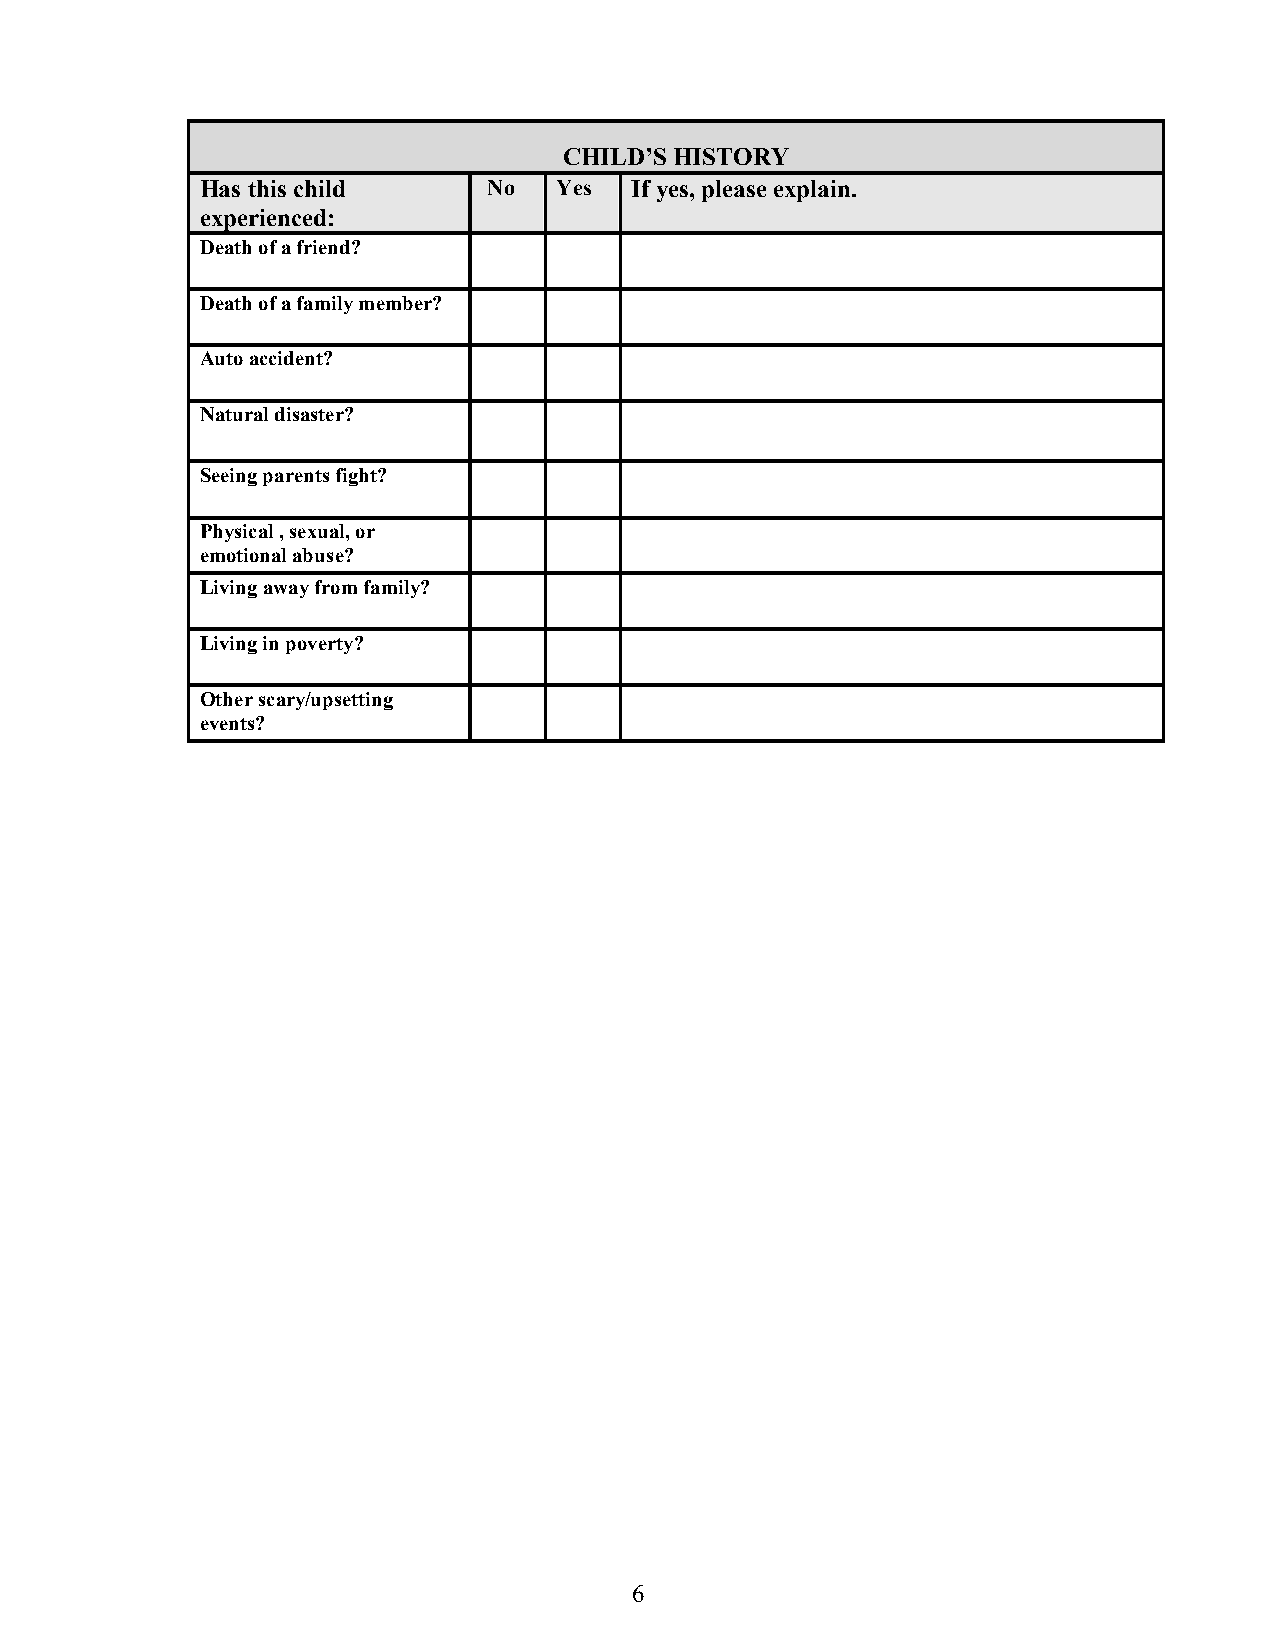
CHILD’S HISTORY
 Has this child     No   Yes  If yes, please explain.
 experienced:
 Death of a friend?
 Death of a family member?
 Auto accident?
 Natural disaster?
 Seeing parents fight?
 Physical , sexual, or
 emotional abuse?
 Living away from family?
 Living in poverty?
 Other scary/upsetting
 events?
 6